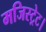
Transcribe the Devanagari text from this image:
मजिस्ट्रेट।